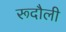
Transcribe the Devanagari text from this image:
रूदौली